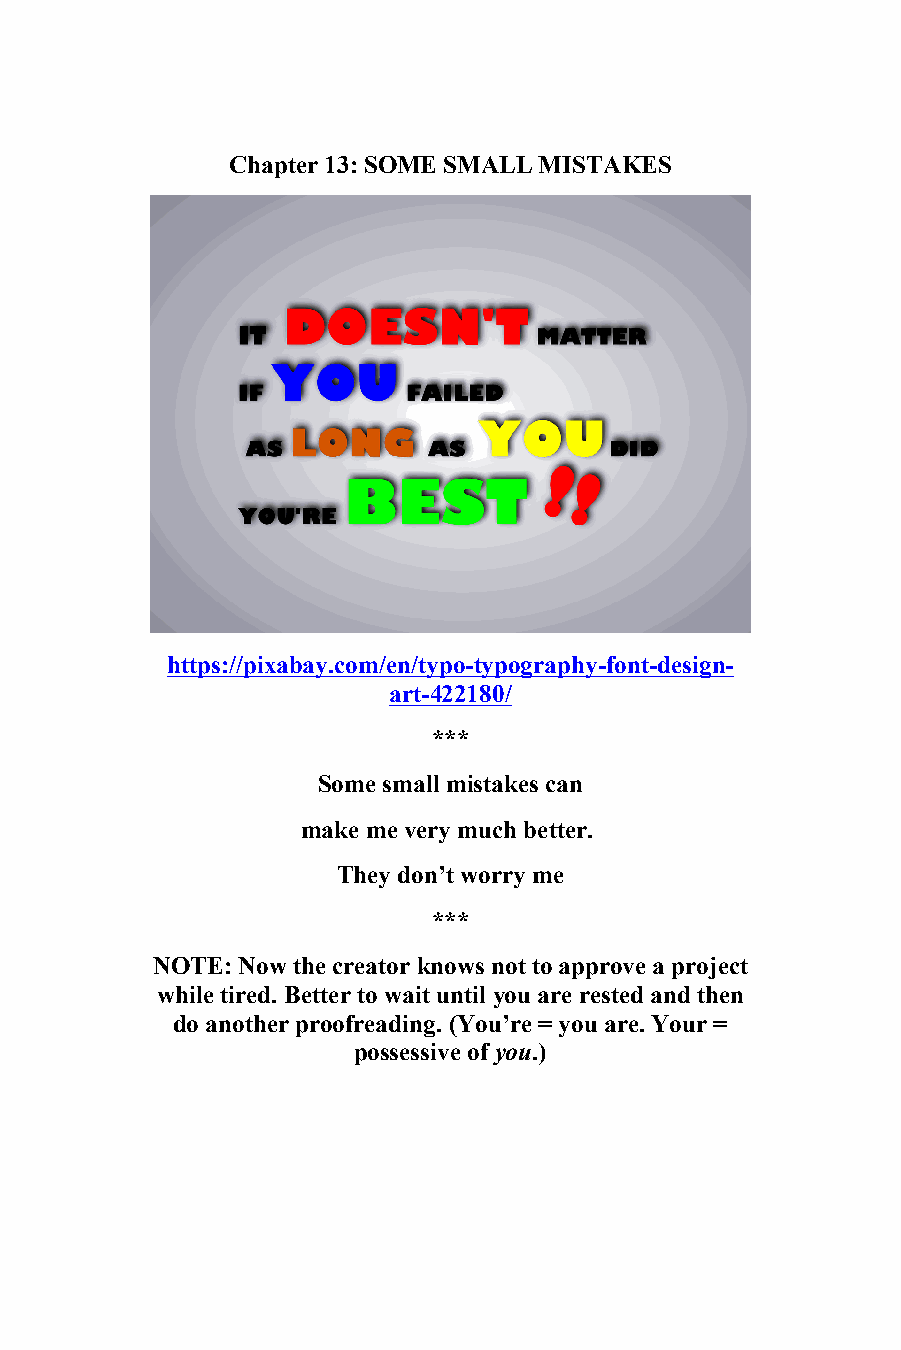
13
 Chapter 13: SOME SMALL MISTAKES
 https://pixabay.com/en/typo-typography-font-design-
 art-422180/
 ***
 Some small mistakes can
 make me very much better.
 They don’t worry me
 ***
 NOTE: Now the creator knows not to approve a project
 while tired. Better to wait until you are rested and then
 do another proofreading. (You’re = you are. Your =
 possessive of you.)